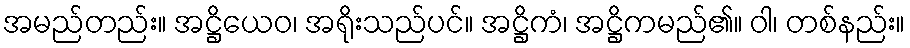
အမည်တည်း။ အဋ္ဌိယေဝ၊ အရိုးသည်ပင်။ အဋ္ဌိကံ၊ အဋ္ဌိကမည်၏။ ဝါ၊ တစ်နည်း။